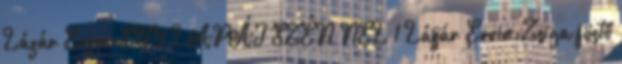
Lázár Ervin:EGY LAPÁT SZÉN NEL 1 Lázár Ervin:Zsiga föstő